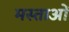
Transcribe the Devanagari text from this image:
मस्ताओं